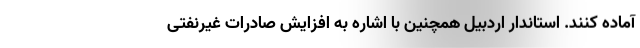
آماده کنند. استاندار اردبیل همچنین با اشاره به افزایش صادرات غیرنفتی